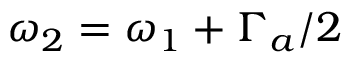
\omega _ { 2 } = \omega _ { 1 } + \Gamma _ { a } / 2